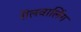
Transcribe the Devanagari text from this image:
रॊलवालिंग